Indian journal of veterinary science and animal husbandry - Volume 13,
Year: 1943
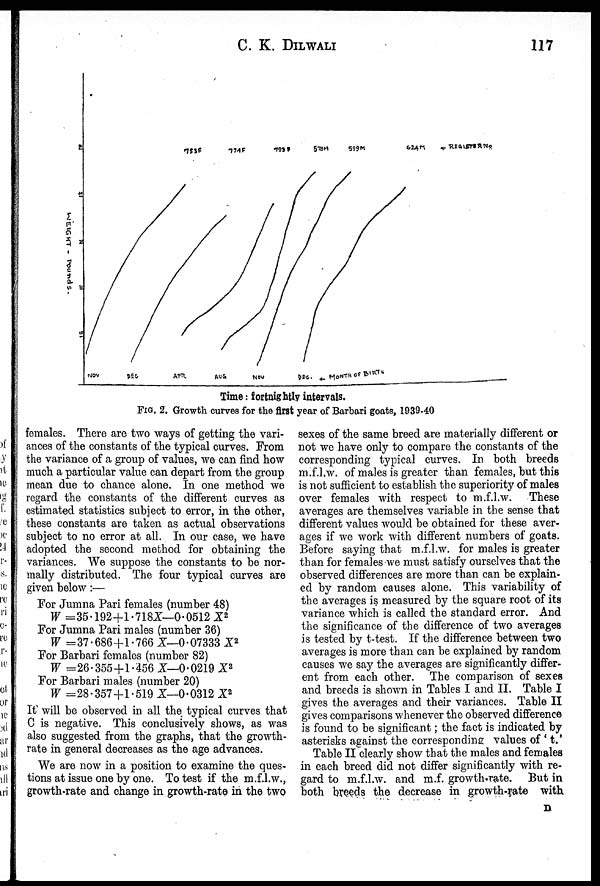
C. K.
DILWALI
117
Time: fortnightly intervals.
FIG. 2. Growth curves for the first year of Barbari goats, 1939-40
females. There are two ways of getting the vari-
ances of the constants of the typical curves. From
the variance of a group of values, we can find how
much a particular value can depart from the group
mean due to chance alone. In one method we
regard the constants of the different curves as
estimated statistics subject to error, in the other,
these constants are taken as actual observations
subject to no error at all. In our case, we have
adopted the second method for obtaining the
variances. We suppose the constants to be nor-
mally distributed. The four typical curves are
given below :—
For Jumna Pari females (number 48)
W =35.192+1.718X—0.0512X 2
For Jumna Pari males (number 36)
W =37.686+1.766 X—0.07333X 2
For Barbari females (number 82)
W =26.355+1.456 X—0.0219X 2
For Barbari males (number 20)
W =28.357+1.519 X—0.0312X 2
It will be observed in all the typical curves that
C is negative. This conclusively shows, as was
also suggested from the graphs, that the growth-
rate in general decreases as the age advances.
We are now in a position to examine the ques-
tions at issue one by one. To test if the m.f.l.w.,
growth-rate and change in growth-rate in the two
sexes of the same breed are materially different or
not we have only to compare the constants of the
corresponding typical curves. In both breeds
m.f.l.w. of males is greater than females, but this
is not sufficient to establish the superiority of males
over females with respect to m.f.l.w. These
averages are themselves variable in the sense that
different values would be obtained for these aver-
ages if we work with different numbers of goats.
Before saying that m.f.l.w. for males is greater
than for females we must satisfy ourselves that the
observed differences are more than can be explain-
ed by random causes alone. This variability of
the averages is measured by the square root of its
variance which is called the standard error. And
the significance of the difference of two averages
is tested by t-test. If the difference between two
averages is more than can be explained by random
causes we say the averages are significantly differ-
ent from each other. The comparison of sexes
and breeds is shown in Tables I and II. Table I
gives the averages and their variances. Table II
gives comparisons whenever the observed difference
is found to be significant; the fact is indicated by
asterisks against the corresponding values of ' t.'
Table II clearly show that the males and females
in each breed did not differ significantly with re-
gard to m.f.l.w. and m.f. growth-rate. But in
both breeds the decrease in growth-rate with
D